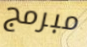
مبرمج